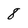
Character: 8